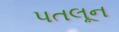
પતલૂન